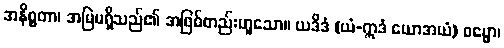
အနိစ္စတာ၊ အမြဲမရှိသည်၏ အဖြစ်တည်းဟူသော။ ယဒိဒံ (ယံ-ဣဒံ ယောအယံ) ဓမ္မော၊